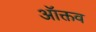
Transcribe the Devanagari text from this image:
ऑक्तव